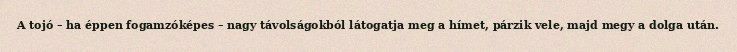
A tojó – ha éppen fogamzóképes – nagy távolságokból látogatja meg a hímet, párzik vele, majd megy a dolga után.